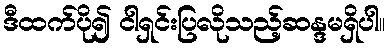
ဒီထက်ပို၍ ငါရှင်းပြလိုသည့်ဆန္ဒမရှိပါ။